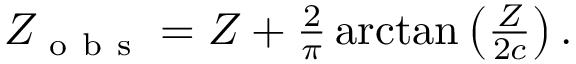
\begin{array} { r } { Z _ { \mathrm { ~ o ~ b ~ s ~ } } = Z + \frac { 2 } { \pi } \arctan \left( \frac { Z } { 2 c } \right) . } \end{array}